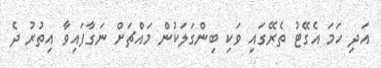
އަދި ހަމަ އެގޭޓު ތެރޭގައި ވަކި ބިންގަލަކުން މައްޗަށް ނަގާފައިވާ އިތުރު ދެ